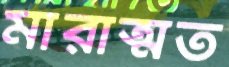
মারাত্মত